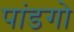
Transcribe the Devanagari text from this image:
पांडगो